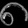
Digit: ၈